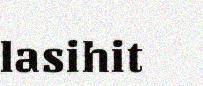
lasihit